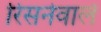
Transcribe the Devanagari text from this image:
रिसनेवाले